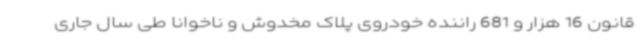
قانون 16 هزار و 681 راننده خودروی پلاک مخدوش و ناخوانا طی سال جاری